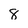
Character: 8